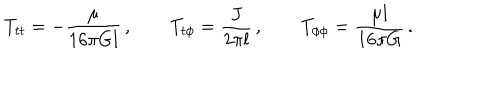
LaTeX: T _ { t t } = - \frac { \mu } { 1 6 \pi G l } \, , \qquad T _ { t \phi } = \frac { J } { 2 \pi l } \, , \qquad T _ { \phi \phi } = \frac { \mu l } { 1 6 \pi G } \, .